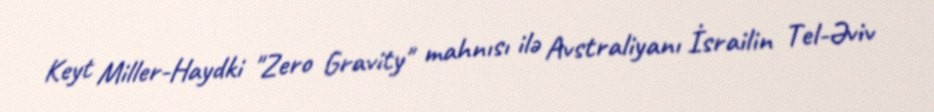
Keyt Miller-Haydki "Zero Gravity" mahnısı ilə Avstraliyanı İsrailin Tel-Əviv